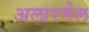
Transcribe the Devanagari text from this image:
अलारमेल